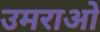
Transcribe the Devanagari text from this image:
उमराओ